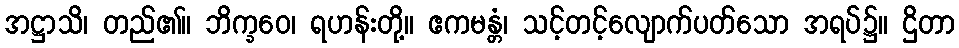
အဋ္ဌာသိ၊ တည်၏။ ဘိက္ခဝေ၊ ရဟန်းတို့။ ဧကမန္တံ၊ သင့်တင့်လျောက်ပတ်သော အရပ်၌။ ဌိတာ